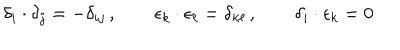
LaTeX: \delta _ { i } \cdot \delta _ { j } = - \delta _ { i j } \, , \qquad \epsilon _ { k } \cdot \epsilon _ { \ell } = \delta _ { k \ell } \, , \qquad \delta _ { i } \cdot \epsilon _ { k } = 0